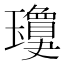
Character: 𱰂